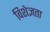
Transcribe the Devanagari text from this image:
विशेज्ञता